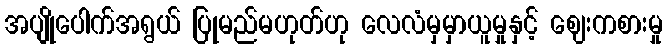
အပျိုပေါက်အရွယ် ပြုမည်မဟုတ်ဟု လေလံမှမှာယူမှုနှင့် ဈေးကစားမှု